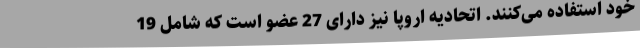
خود استفاده می‌کنند. اتحادیه اروپا نیز دارای 27 عضو است که شامل 19